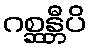
ဂစ္ဆန္တီပိ